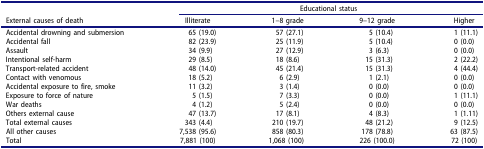
<table><thead><tr><td><b> </b></td><td colspan="4"><b>Educational status</b></td></tr><tr><td><b>External causes of death</b></td><td><b>Illiterate</b></td><td><b>1–8 grade</b></td><td><b>9–12 grade</b></td><td><b>Higher</b></td></tr></thead><tbody><tr><td>Accidental drowning and submersion</td><td>65 (19.0)</td><td>57 (27.1)</td><td>5 (10.4)</td><td>1 (11.1)</td></tr><tr><td>Accidental fall</td><td>82 (23.9)</td><td>25 (11.9)</td><td>5 (10.4)</td><td>0 (0.0)</td></tr><tr><td>Assault</td><td>34 (9.9)</td><td>27 (12.9)</td><td>3 (6.3)</td><td>0 (0.0)</td></tr><tr><td>Intentional self-harm</td><td>29 (8.5)</td><td>18 (8.6)</td><td>15 (31.3)</td><td>2 (22.2)</td></tr><tr><td>Transport-related accident</td><td>48 (14.0)</td><td>45 (21.4)</td><td>15 (31.3)</td><td>4 (44.4)</td></tr><tr><td>Contact with venomous</td><td>18 (5.2)</td><td>6 (2.9)</td><td>1 (2.1)</td><td>0 (0.0)</td></tr><tr><td>Accidental exposure to fire, smoke</td><td>11 (3.2)</td><td>3 (1.4)</td><td>0 (0.0)</td><td>0 (0.0)</td></tr><tr><td>Exposure to force of nature</td><td>5 (1.5)</td><td>7 (3.3)</td><td>0 (0.0)</td><td>1 (11.1)</td></tr><tr><td>War deaths</td><td>4 (1.2)</td><td>5 (2.4)</td><td>0 (0.0)</td><td>0 (0.0)</td></tr><tr><td>Others external cause</td><td>47 (13.7)</td><td>17 (8.1)</td><td>4 (8.3)</td><td>1 (1.11)</td></tr><tr><td>Total external causes</td><td>343 (4.4)</td><td>210 (19.7)</td><td>48 (21.2)</td><td>9 (12.5)</td></tr><tr><td>All other causes</td><td>7,538 (95.6)</td><td>858 (80.3)</td><td>178 (78.8)</td><td>63 (87.5)</td></tr><tr><td>Total</td><td>7,881 (100)</td><td>1,068 (100)</td><td>226 (100.0)</td><td>72 (100)</td></tr></tbody></table>